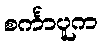
စင်္ကာပူက